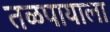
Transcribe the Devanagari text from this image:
तळपायाला